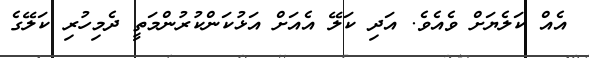
އެއް ކަލެޔަށް ވެއެވެ. އަދި ކަލޭ އެއަށް އަޅުކަންކުރުންމަތީ ދެމިހުރި ކަލޭގެ